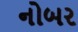
નોબર